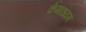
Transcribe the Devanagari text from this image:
केमाध्यम